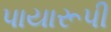
પાયારૂપી